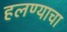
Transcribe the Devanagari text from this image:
हलण्याचा